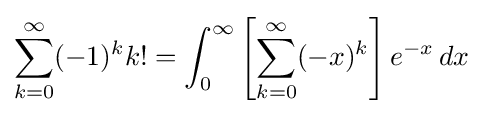
\sum _{k=0}^{\infty }(-1)^{k}k!=\int _{0}^{\infty }\left[\sum _{k=0}^{\infty }(-x)^{k}\right]e^{-x}\,dx